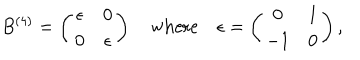
B ^ { ( 4 ) } = \left( \begin{array} { c c } { { \epsilon } } & { { 0 } } \\ { { 0 } } & { { \epsilon } } \\ \end{array} \right) \quad \mathrm { w h e r e } \quad \epsilon = \left( \begin{array} { c c } { { 0 } } & { { 1 } } \\ { { - 1 } } & { { 0 } } \\ \end{array} \right) ,